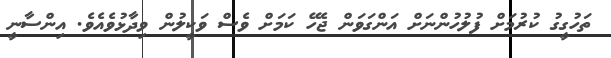
ތަހުގީގު ކުރުމަށް ފުލުހުންނަށް އަންގަވަން ޖެހޭ ކަމަށް ވެސް ވަކީލުން ވިދާޅުވެއެވެ. އިންސާނީ